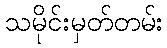
သမိုင်းမှတ်တမ်း